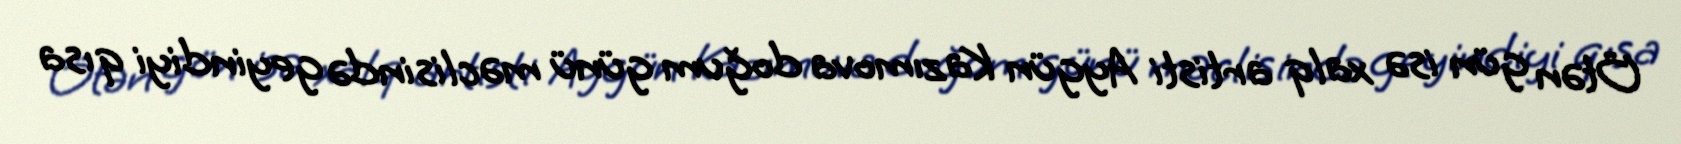
Ötən gün isə xalq artisti Aygün Kazımova doğum günü məclisində geyindiyi qısa